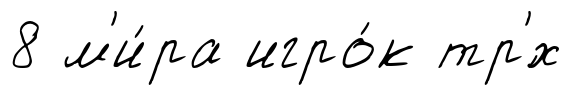
8 м'и́ра игро́к тр'́х